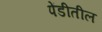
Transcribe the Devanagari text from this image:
पेंडीतील